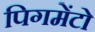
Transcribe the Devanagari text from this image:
पिगमेंटो